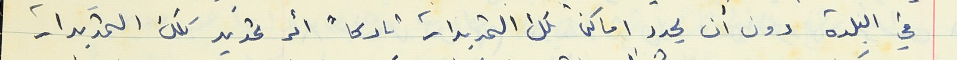
في البلدة دون أن يحدد اماكن تلك التمديدات تاركاً أمر تحديد تلك التمديدات